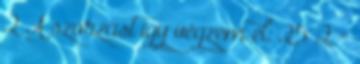
2 A szorzást így végzem el: 25 2 =